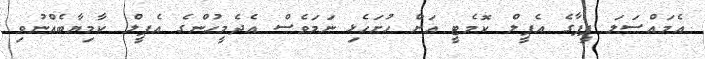
އެމައްސަލަ ފީފާގެ އެޕީލް ކޮމެޓީ އަށް ހުށަހެޅި ނަމަވެސް އެދެމީހުންގެ އެޕީލް ކާމިޔާބެއްނުވި